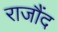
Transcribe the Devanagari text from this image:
राजौंद